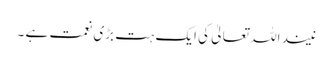
نیند اللہ تعالیٰ کی ایک ہت بڑی نعمت ہے ۔